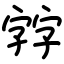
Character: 𡦂